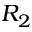
R _ { 2 }